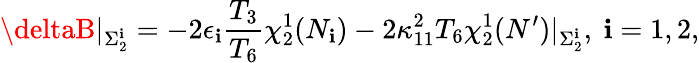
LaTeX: \deltaB\vert_{\Sigma_{2}^{\mathbf{i}}}=-2\epsilon_{\mathbf{i}}{\frac{{T_{3}}}{{T_{6}}}}\chi_{2}^{1}(N_{\mathbf{i}})-2\kappa_{11}^{2}T_{6}\chi_{2}^{1}(N^{\prime})\vert_{\Sigma_{2}^{\mathbf{i}}},\ \mathbf{i}=1,2,